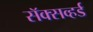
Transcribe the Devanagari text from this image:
सॅक्सव्हर्ड